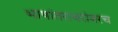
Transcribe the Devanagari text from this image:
भाषांतराबरोबरच